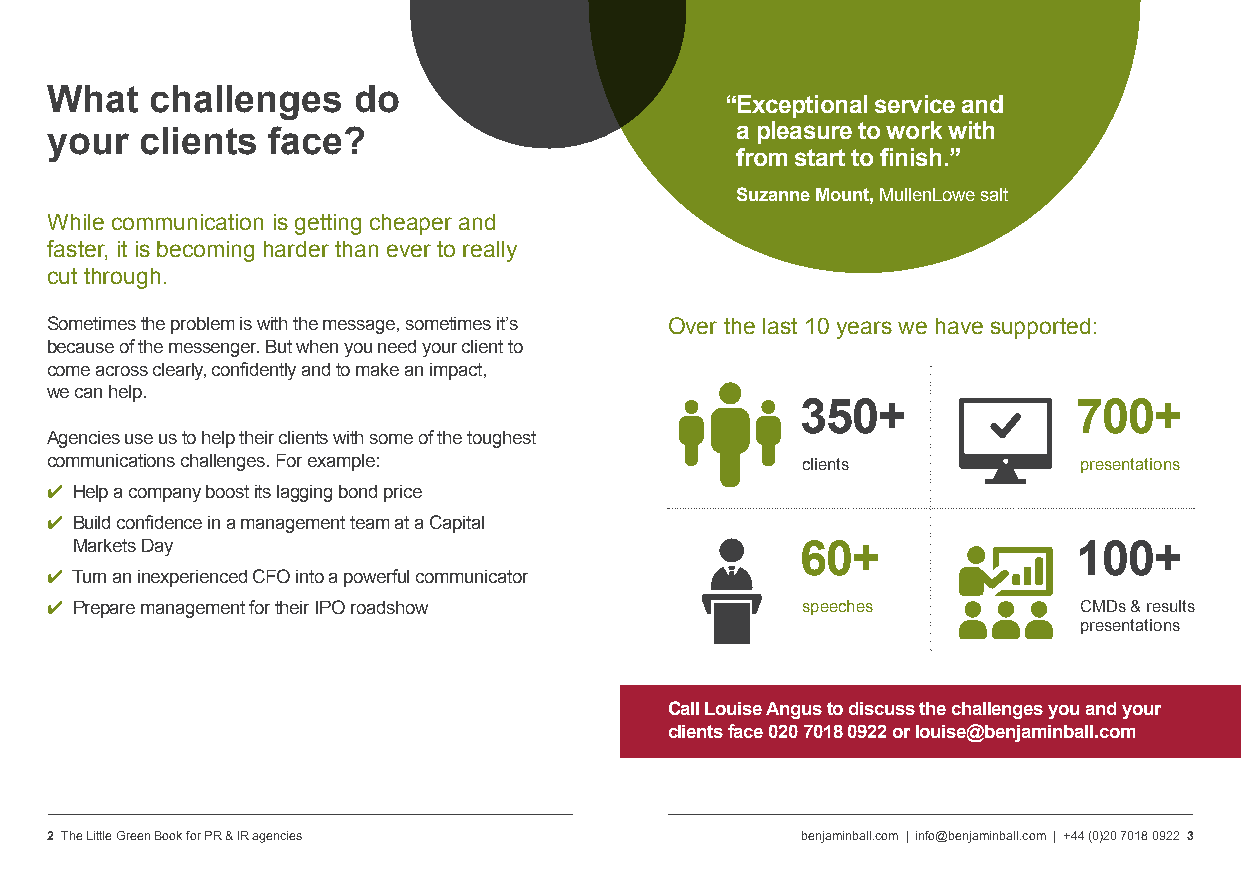
What   challenges   do
 “ Exceptional service and
 your  clients  face?                          a pleasure to work with
 from start to finish.”
 Suzanne Mount, MullenLowe salt
 While communication is getting cheaper and
 faster, it is becoming harder than ever to really
 cut through.
 Sometimes the problem is with the message, sometimes it’s Over the last 10 years we have supported:
 because of the messenger. But when you need your client to
 come across clearly, confidently and to make an impact,
 we can help.
 350+              700+
 Agencies use us to help their clients with some of the toughest
 communications challenges. For example:           clients           presentations
 ✔ Help a company boost its lagging bond price
 ✔ Build confidence in a management team at a Capital
 Markets Day                                     60+               100+
 ✔ Turn an inexperienced CFO into a powerful communicator
 ✔ Prepare management for their IPO roadshow       speeches          CMDs & results
 presentations
 Call Louise Angus to discuss the challenges you and your
 clients face 020 7018 0922 or louise@benjaminball.com
 2 The Little Green Book for PR & IR agencies      benjaminball.com | info@benjaminball.com | +44 (0)20 7018 0922 3